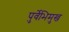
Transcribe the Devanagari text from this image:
पुर्वेभिमुख